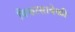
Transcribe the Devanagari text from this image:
विकासावेळी